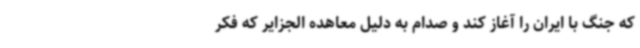
که جنگ با ایران را آغاز کند و صدام به دلیل معاهده الجزایر که فکر